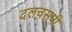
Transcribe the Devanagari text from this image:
दलचसपी